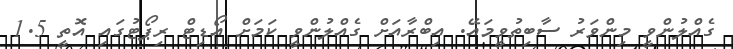
ގެއްލުންވީ މިންވަރު ސާބިތުވީމައޭ. އިބްރާއަށް ގެއްލުންވީ ކަމަށް އޯޑިޓް ރިޕޯޓުގައި އޮތީ 1.5